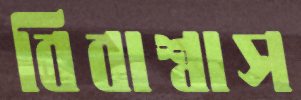
বিবাশ্বাস